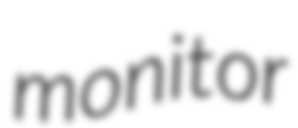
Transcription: monitor